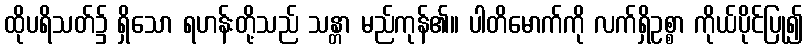
ထိုပရိသတ်၌ ရှိသော ရဟန်းတို့သည် သန္တာ မည်ကုန်၏။ ပါတိမောက်ကို လက်ရှိဥစ္စာ ကိုယ်ပိုင်ပြု၍